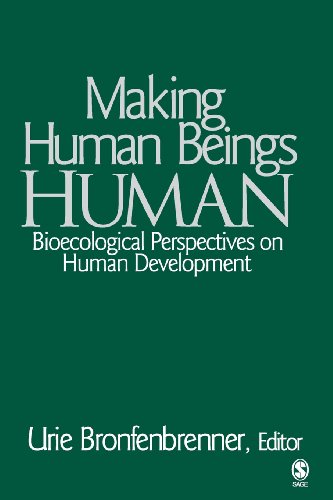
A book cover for Making Human Beings Human: Bioecological Perspectives on Human Development (The SAGE Program on Applied Developmental Science); Medical Books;